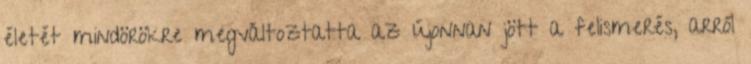
életét mindörökre megváltoztatta az újonnan jött a felismerés, arról